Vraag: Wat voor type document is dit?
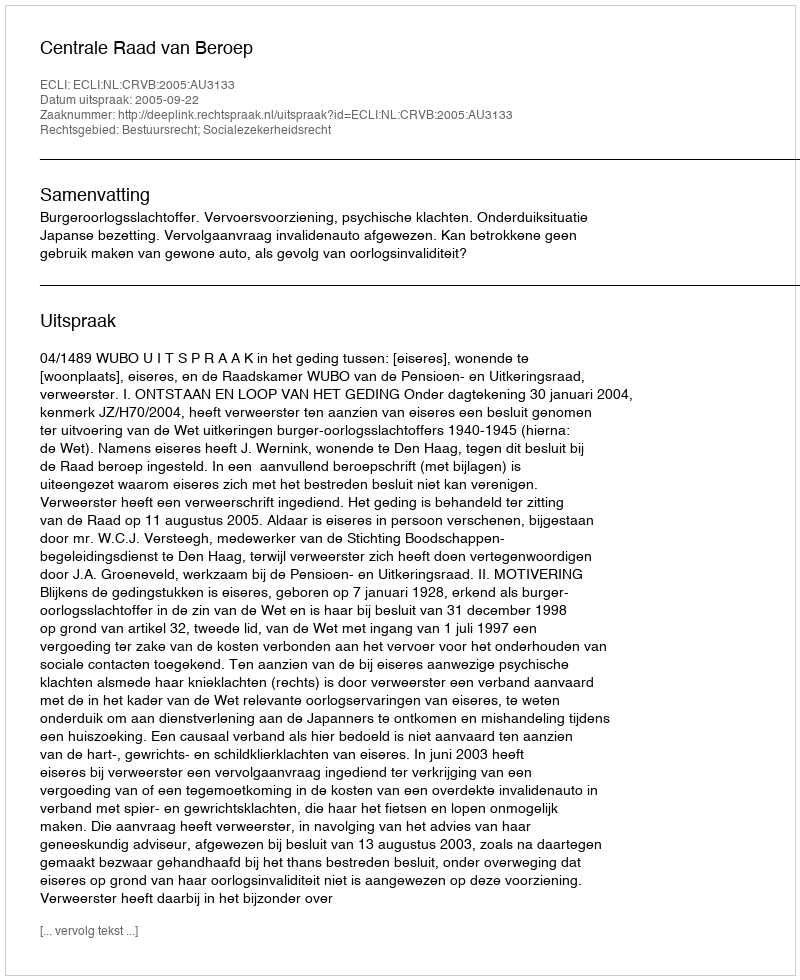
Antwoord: Uitspraak